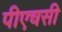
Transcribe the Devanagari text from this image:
पीएचसी